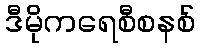
ဒီမိုကရေစီစနစ်